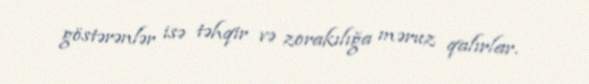
göstərənlər isə təhqir və zorakılığa məruz qalırlar.